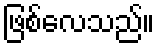
ဖြစ်လေသည်။